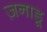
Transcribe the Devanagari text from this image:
ज़नाडू